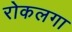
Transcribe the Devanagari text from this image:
रोकलगा